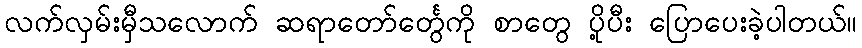
လက်လှမ်းမှီသလောက် ဆရာတော်င်္တွေကို စာတွေ ပို့ပီး ပြောပေးခဲ့ပါတယ်။